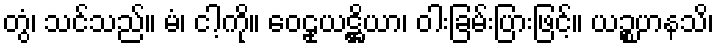
တွံ၊ သင်သည်။ မံ၊ ငါ့ကို။ ဝေဠုယဋ္ဌိယာ၊ ဝါးခြမ်းပြားဖြင့်။ ယဉ္စဟနသိ၊